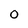
Character: 0